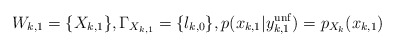
\begin{align*}W_{k,1}=\{X_{k,1}\}, \Gamma_{X_{k,1}}=\{l_{k,0}\}, p(x_{k,1}|y_{k,1}^{\mathrm{unf}})=p_{X_k}(x_{k,1}) \end{align*}